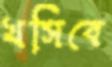
খসিবে